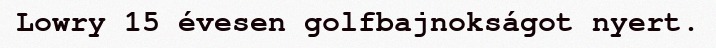
Lowry 15 évesen golfbajnokságot nyert.